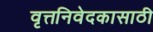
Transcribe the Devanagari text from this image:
वृत्तनिवेदकासाठी